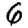
Digit: 6